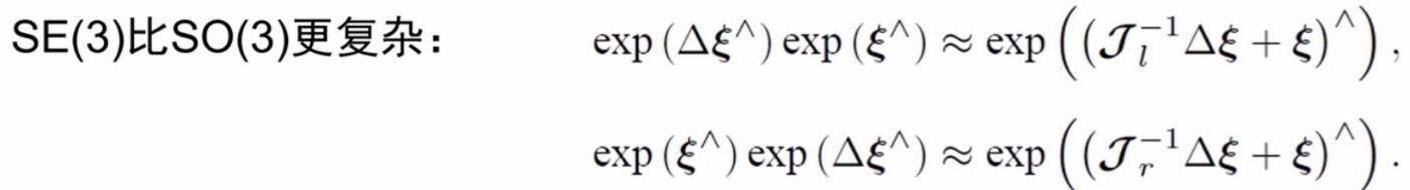
$\mathrm{SE}(3)比\mathrm{SO}(3)更复杂：\quad \exp \left(\Delta \boldsymbol{\xi}^{\wedge}\right) \exp \left(\boldsymbol{\xi}^{\wedge}\right) \approx \exp \left(\left(\mathcal{J}_{l}^{-1} \Delta \boldsymbol{\xi}+\boldsymbol{\xi}\right)^{\wedge}\right),$
$\exp \left(\boldsymbol{\xi}^{\wedge}\right) \exp \left(\Delta \boldsymbol{\xi}^{\wedge}\right) \approx \exp \left(\left(\mathcal{J}_{r}^{-1} \Delta \boldsymbol{\xi}+\boldsymbol{\xi}\right)^{\wedge}\right) .$